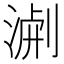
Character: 𭱐